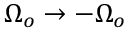
\Omega _ { o } \rightarrow - \Omega _ { o }